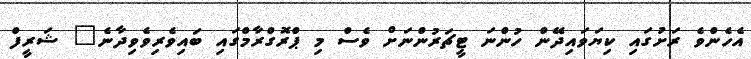
އެހެންވެ ރަށުގައި ކިޔަވައިދޭން ހުންނަ ޓީޗަރުންނަށް ވެސް މި ޕްރޮގްރާމްގައި ބައިވެރިވެވިދާނެ" ޝަރީފް